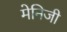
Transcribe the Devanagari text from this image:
मेनिजी